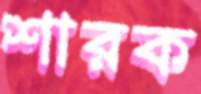
শারক